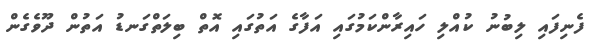
ފެނިފައި ލިބުނު ކުއްލި ހައިރާންކަމުގައި އަފާގެ އަތުގައި އޮތް ބިލަތްގަނޑު އަތުން ދޫވެގެން